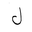
Letter: _lam